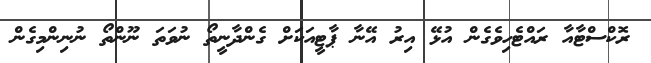
ރޮކްސްޓާއާ ރައްޓެހިވެގެން އުޅޭ އިރު އޭނާ ޕާޓީއަކަށް ގެންދާނީތޯ ނުވަތަ ނޫންތޯ ނުނިންމިގެން